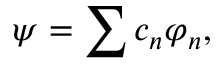
\psi = \sum c _ { n } \varphi _ { n } ,